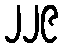
၂၂၉